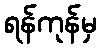
ရန်ကုန်မှ